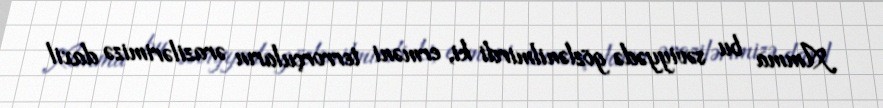
Amma bu səviyyədə gözlənilmirdi ki, erməni terrorçuların ərazilərimizə daxil